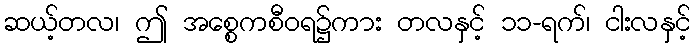
ဆယ့်တလ၊ ဤ အစ္စေကစီဝရ၌ကား တလနှင့် ၁၁-ရက်၊ ငါးလနှင့်